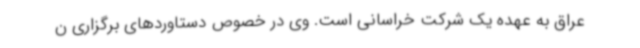
عراق به عهده یک شرکت خراسانی است. وی در خصوص دستاوردهای برگزاری ن